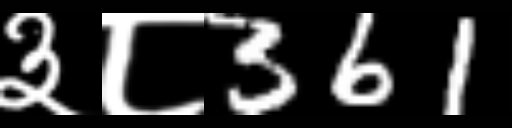
Text: ३८361